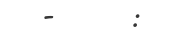
-      :